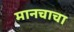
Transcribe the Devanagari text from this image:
मानचाचा